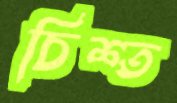
চিশ্ত